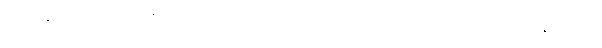
အင်ဒိုနီးရှားနဲ့ ဩစတေးလျတို့ဟာ ကမ္ဘာပေါ်မှာ နီကယ်သတ္တု အကြွယ်ဝဆုံး နိုင်ငံတွေ